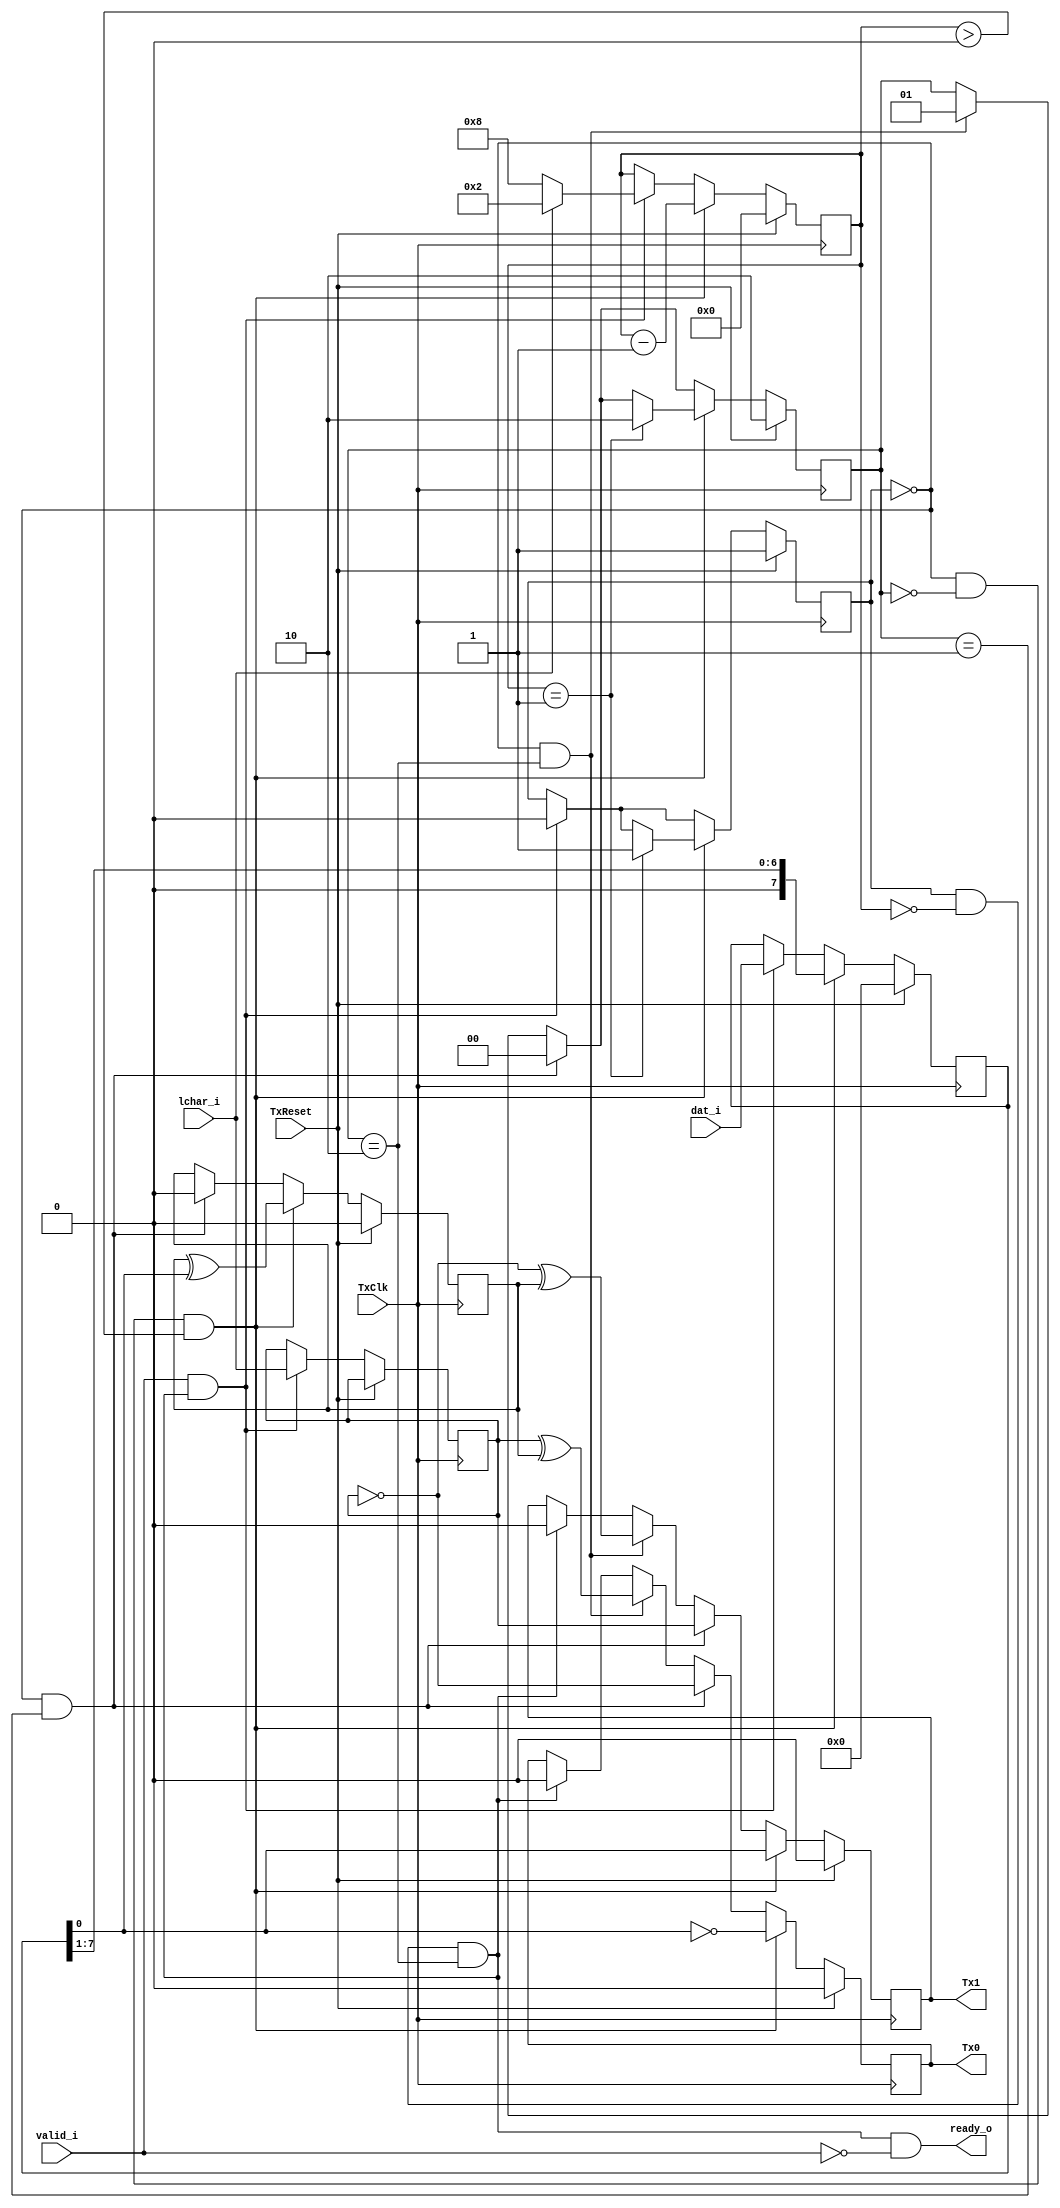
module tx_DS_char(
	input		TxReset,
	input		TxClk,
	input		valid_i,
	input	[7:0]	dat_i,
	input		lchar_i,

	output		Tx0,
	output		Tx1,
	output		ready_o
);
	reg		ready;
	reg	[3:0]	chrLen;
	reg	[1:0]	icpLen;
	reg	[7:0]	shreg;
	reg		lcharFlag;
	reg		parity;
	reg		Tx0, Tx1;

	wire isReady = (ready && (chrLen == 4'd0) && (icpLen == 2'd2));
	wire isSendingParity = (~ready && (icpLen == 2'd2));
	wire isSendingLChar = (~ready && (icpLen == 2'd1));
	wire isSendingBits = (~ready && (icpLen == 2'd0) && (chrLen > 0));

	assign ready_o = isReady & ~valid_i;

	always @(posedge TxClk) begin
		ready <= ready;
		chrLen <= chrLen;
		icpLen <= icpLen;
		parity <= parity;
		Tx1 <= Tx1;
		Tx0 <= Tx0;
		shreg <= shreg;

		if(TxReset) begin			// S1
			ready <= 1;
			chrLen <= 0;
			icpLen <= 2'd2;
			parity <= 0;
			Tx1 <= 0;
			Tx0 <= 0;
			shreg <= 8'd0;
		end
		else begin
			if(isReady) begin
				Tx0 <= 0;
				Tx1 <= 0;
			end

			if(valid_i && isReady) begin	// S2, S3
				ready <= 0;
				shreg <= dat_i;
				lcharFlag <= lchar_i;

				if(lchar_i) begin	// S3
					chrLen <= 4'd2;
				end
				else begin		// S2
					chrLen <= 4'd8;
				end
			end
			if(isSendingParity) begin	// S4
				Tx1 <= ~lcharFlag ^ parity;
				Tx0 <= lcharFlag ^ parity;
				icpLen <= 2'd1;
			end
			if(isSendingLChar) begin	// S5
				Tx1 <= lcharFlag;
				Tx0 <= ~lcharFlag;
				icpLen <= 2'd0;
				parity <= 0;
			end
			if(isSendingBits) begin		// S6, S7
				Tx1 <= shreg[0];
				Tx0 <= ~shreg[0];
				parity <= parity ^ shreg[0];
				shreg <= (shreg >> 1);
				chrLen <= chrLen - 1;

				if(chrLen == 4'd1) begin	// S7
					ready <= 1;
					icpLen <= 2'd2;
				end
			end
		end
	end
endmodule